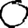
Digit: 0